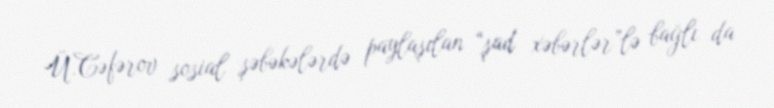
Ü.Cəfərov sosial şəbəkələrdə paylaşılan “şad xəbərlər”lə bağlı da